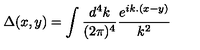
\Delta ( x , y ) = \int \frac { d ^ { 4 } k } { ( 2 \pi ) ^ { 4 } } \frac { e ^ { i k . ( x - y ) } } { k ^ { 2 } }